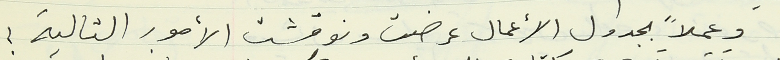
وعملاً بجدول الأعمال عرضت ونوقشت الأمور التالية :